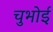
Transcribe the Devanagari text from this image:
चुभोई